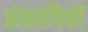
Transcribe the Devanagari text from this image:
अंतरगियों